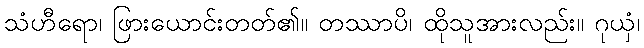
သံဟီရော၊ ဖြားယောင်းတတ်၏။ တဿာပိ၊ ထိုသူအားလည်း။ ဂုယှံ၊